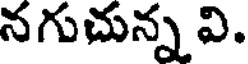
నగుచున్న వి.